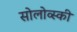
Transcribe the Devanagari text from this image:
सोलोव्स्की